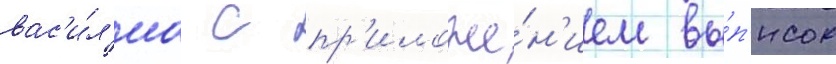
вас'и́л'иа с пр'иложе́н'ием вы́п'исок